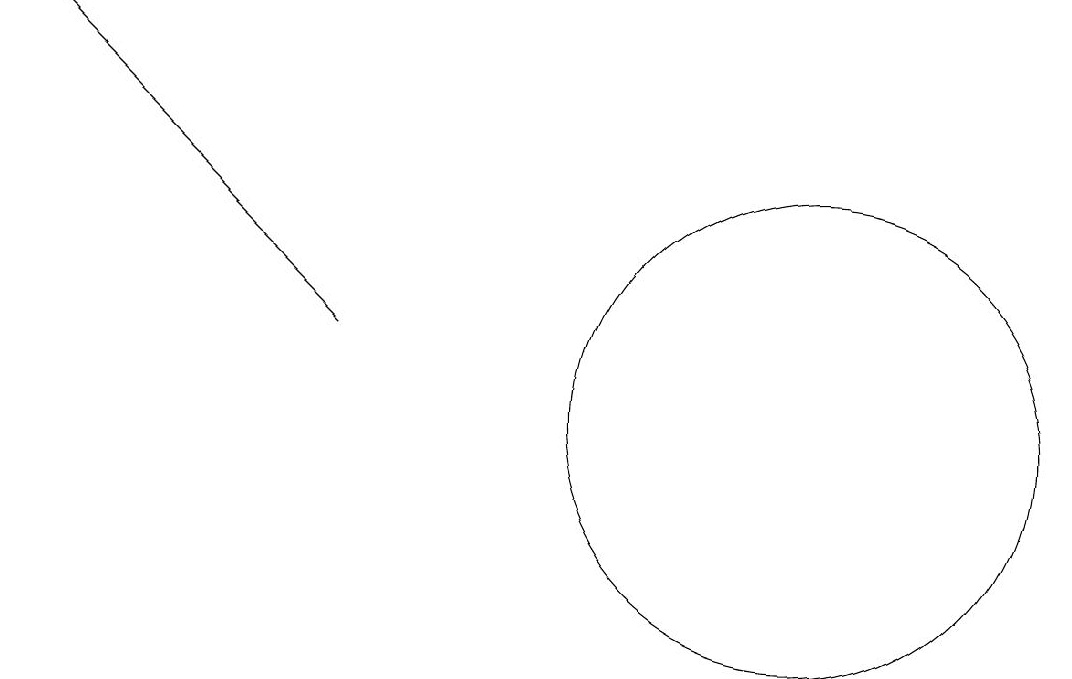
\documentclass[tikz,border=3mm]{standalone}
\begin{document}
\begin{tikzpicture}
\draw (11,12) circle (3);
\draw[->] (5,13) -- (1,17);
\draw (12,10) circle (0);
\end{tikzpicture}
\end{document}